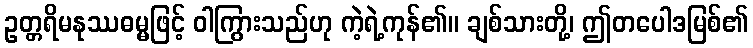
ဥတ္တရိမနုဿဓမ္မဖြင့် ဝါကြွားသည်ဟု ကဲ့ရဲ့ကုန်၏။ ချစ်သားတို့၊ ဤတပေါဒမြစ်၏